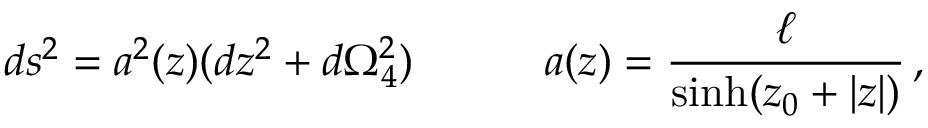
d s ^ { 2 } = a ^ { 2 } ( z ) ( d z ^ { 2 } + d \Omega _ { 4 } ^ { 2 } ) \quad \qquad a ( z ) = \frac { \ell } { \sinh ( z _ { 0 } + | z | ) } \, ,